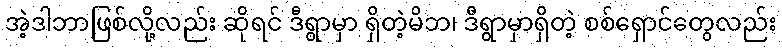
အဲ့ဒါဘာဖြစ်လို့လည်း ဆိုရင် ဒီရွာမှာ ရှိတဲ့မိဘ၊ ဒီရွာမှာရှိတဲ့ စစ်ရှောင်တွေလည်း